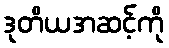
ဒုတိယအဆင့်ကို